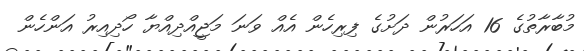
މުބާރާތުގެ 16 އަހަރުން ދަށުގެ ފިރިހެން އެއް ވަނަ މަޖީއްދިއްޔާ ހޯދިއިރު އަންހެން